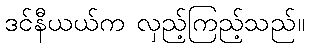
ဒင်နီယယ်က လှည့်ကြည့်သည်။